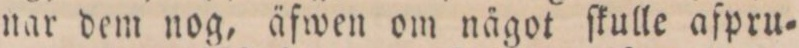
nar dem nog, äfwen om nägot ſkulle afpru=